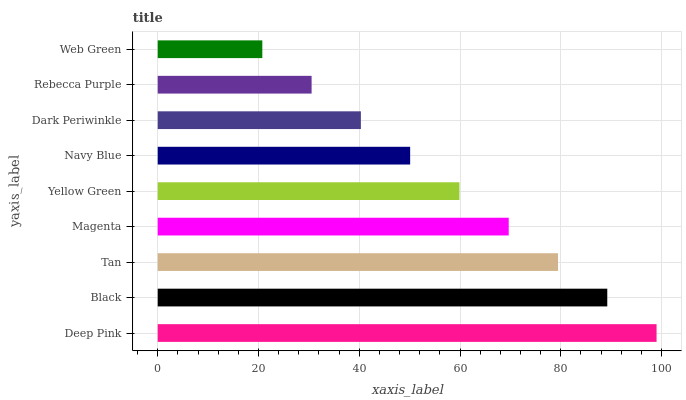
| yaxis_label | bars |
 | --- | --- |
 | Deep Pink | 99 |
 | Black | 89.2 |
 | Tan | 79.4 |
 | Magenta | 69.7 |
 | Yellow Green | 59.9 |
 | Navy Blue | 50.1 |
 | Dark Periwinkle | 40.3 |
 | Rebecca Purple | 30.5 |
 | Web Green | 20.8 |